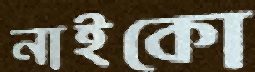
নাইকো